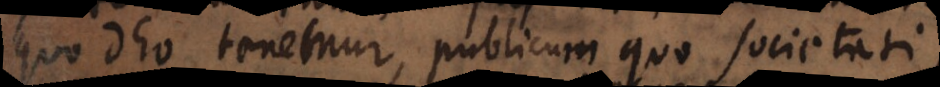
quo Deo tenemur, publicum quo societati,